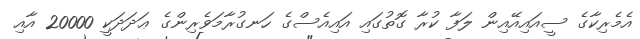
އެމެރިކާގެ ސީއައިއޭއިން ލަފާ ކުރާ ގޮތުގައި އައިއެސްގެ ހަނގުރާމަވެރިންގެ ޢަދަދަކީ 20000 އާއި